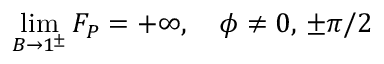
\operatorname* { l i m } _ { B \to 1 ^ { \pm } } F _ { P } = + \infty , \quad \phi \neq 0 , \, \pm \pi / 2